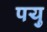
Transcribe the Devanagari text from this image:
पयु